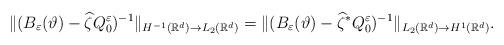
LaTeX: \begin{align*}\Vert (B_\varepsilon (\vartheta)-\widehat{\zeta} Q_0^\varepsilon )^{-1}\Vert _{H^{-1}(\mathbb{R}^d)\rightarrow L_2(\mathbb{R}^d)}=\Vert( B_\varepsilon (\vartheta)-\widehat{\zeta}^*Q_0^\varepsilon )^{-1}\Vert _{L_2(\mathbb{R}^d)\rightarrow H^1(\mathbb{R}^d)}.\end{align*}